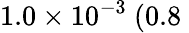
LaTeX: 1.0\times 10^{-3}~(0.8\